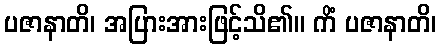
ပဇာနာတိ၊ အပြားအားဖြင့်သိ၏။ ကိံ ပဇာနာတိ၊